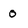
Character: o